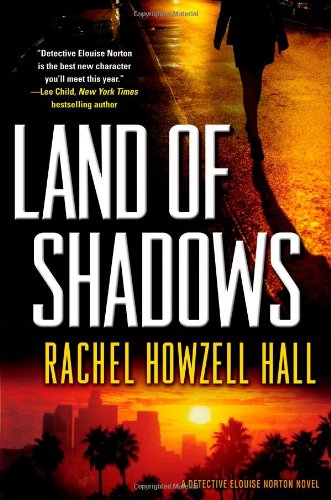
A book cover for Land of Shadows (Detective Elouise Norton); Rachel Howzell Hall; Mystery, Thriller & Suspense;